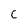
Character: C